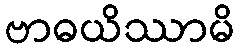
ဗာဓယိဿာမိ